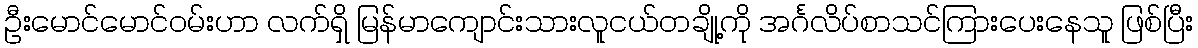
ဦးမောင်မောင်ဝမ်းဟာ လက်ရှိ မြန်မာကျောင်းသားလူငယ်တချို့ကို အင်္ဂလိပ်စာသင်ကြားပေးနေသူ ဖြစ်ပြီး